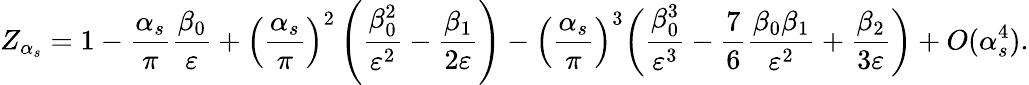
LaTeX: Z_{\alpha_{s}}=1-\frac{\alpha_{s}}{\pi}\frac{\beta_{0}}{\varepsilon}+\left(\frac{\alpha_{s}}{\pi}\right)^{2}\left(\frac{\beta_{0}^{2}}{\varepsilon^{2}}-\frac{\beta_{1}}{2\varepsilon}\right)-\left(\frac{\alpha_{s}}{\pi}\right)^{3}\biggl(\frac{\beta_{0}^{3}}{\varepsilon^{3}}-\frac{7}{6}\frac{\beta_{0}\beta_{1}}{\varepsilon^{2}}+\frac{\beta_{2}}{3\varepsilon}\biggr)+O(\alpha_{s}^{4}).